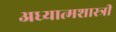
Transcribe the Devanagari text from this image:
अध्यात्मशास्त्री